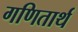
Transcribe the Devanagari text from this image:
गणितार्थ